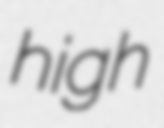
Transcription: high